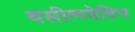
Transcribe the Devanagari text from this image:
वसीलयेविच